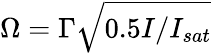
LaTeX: \Omega=\Gamma\sqrt{0.5I/I_{sat}}